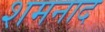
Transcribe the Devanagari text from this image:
शमनाद